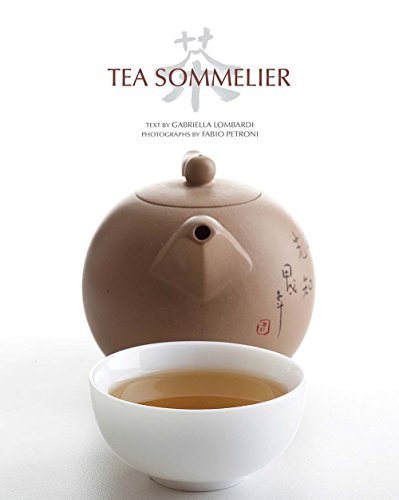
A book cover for Tea Sommelier; Gabriella Lombardi; Cookbooks, Food & Wine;